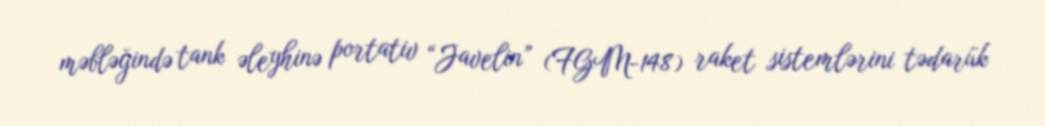
məbləğində tank əleyhinə portativ “Javelin” (FGM-148) raket sistemlərini tədarük